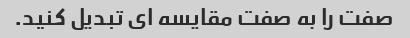
صفت را به صفت مقایسه ای تبدیل کنید.